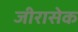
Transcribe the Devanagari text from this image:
जीरासेक